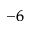
^ { - 6 }